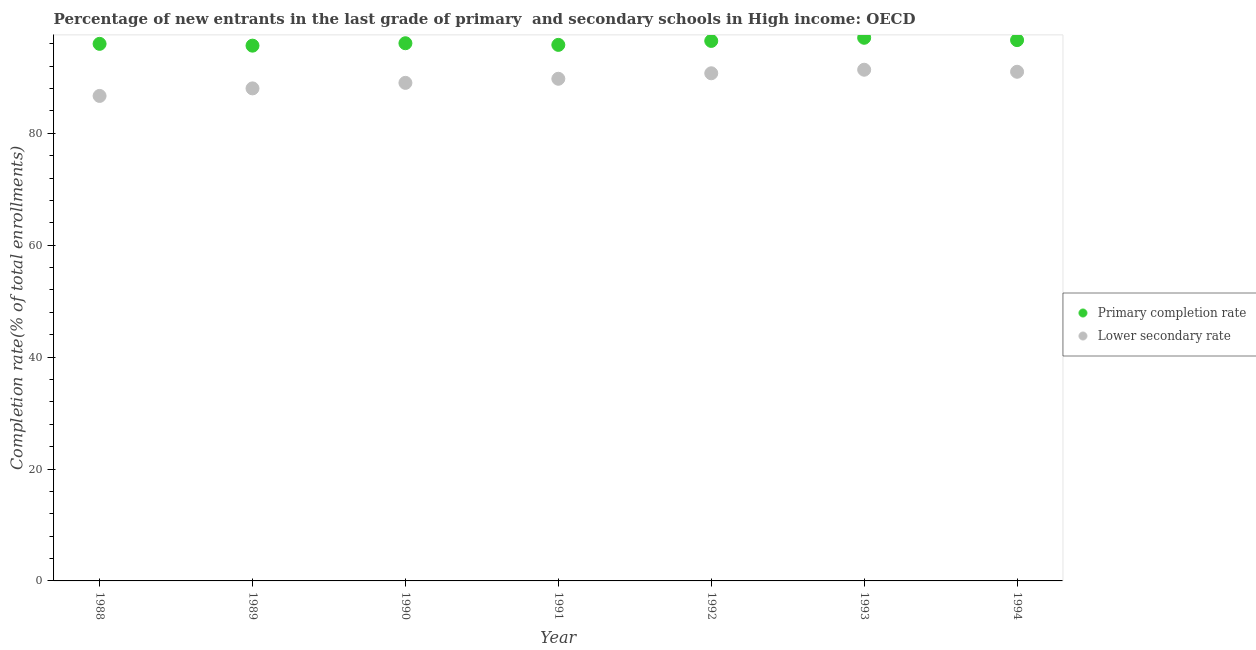
| Year | Primary completion rate | Lower secondary rate |
 | --- | --- | --- |
 | 1988 | 96 | 86.7 |
 | 1989 | 95.7 | 88 |
 | 1990 | 96.1 | 89 |
 | 1991 | 95.8 | 89.7 |
 | 1992 | 96.5 | 90.7 |
 | 1993 | 97.1 | 91.4 |
 | 1994 | 96.6 | 91 |